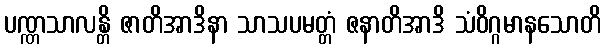
ပဏ္ဏသာလန္တိ ဇာတိအာဒိနာ သာသပမတ္တံ ဇနာတိအာဒိ သံဝိဂ္ဂမာနသောတိ